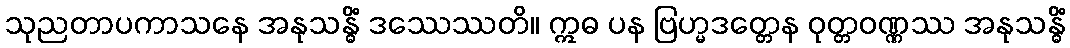
သုညတာပကာသနေ အနုသန္ဓိံ ဒဿေဿတိ။ ဣဓ ပန ဗြဟ္မဒတ္တေန ဝုတ္တဝဏ္ဏဿ အနုသန္ဓိံ